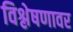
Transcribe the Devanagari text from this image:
विश्लेषणावर